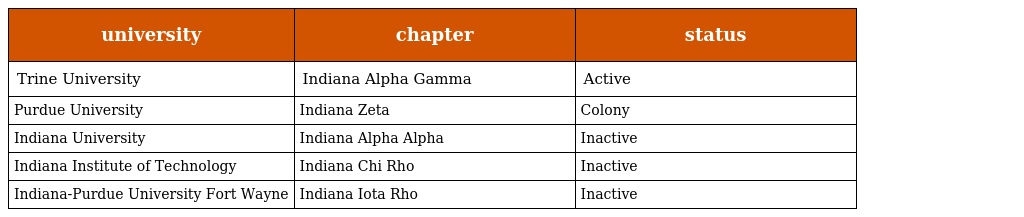
| university | chapter | status |
 | --- | --- | --- |
 | Trine University | Indiana Alpha Gamma | Active |
 | Purdue University | Indiana Zeta | Colony |
 | Indiana University | Indiana Alpha Alpha | Inactive |
 | Indiana Institute of Technology | Indiana Chi Rho | Inactive |
 | Indiana-Purdue University Fort Wayne | Indiana Iota Rho | Inactive |